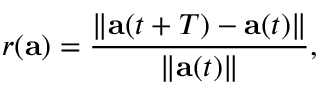
r ( \mathbf { a } ) = \frac { \| \mathbf { a } ( t + T ) - \mathbf { a } ( t ) \| } { \| \mathbf { a } ( t ) \| } ,